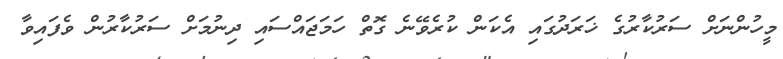
މީހުންނަށް ސަރުކާރުގެ ޚަރަދުގައި އެކަން ކުރެވޭނެ ގޮތް ހަމަޖައްސައި ދިނުމަށް ސަރުކާރުން ވެފައިވާ